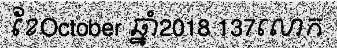
ខែOctober ឆ្នាំ2018 137លោក